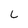
Character: l